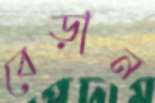
বেড়ান